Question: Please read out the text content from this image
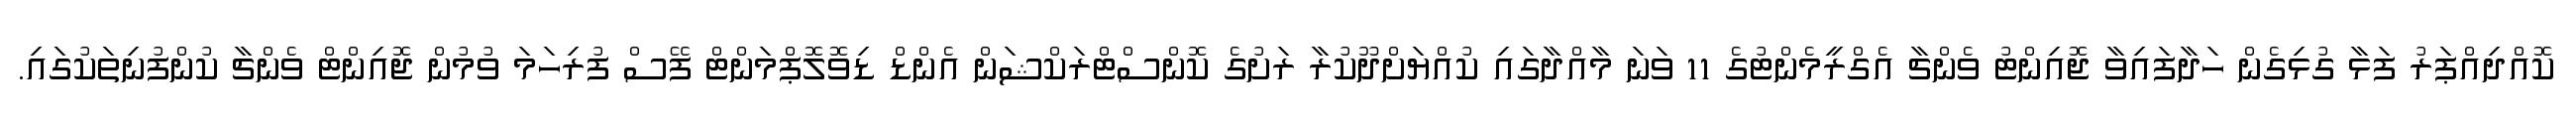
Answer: ކޮއްދިއްޕަރު ފަޅާ ގުޅިގެން ހަދާފައިވާ ޖޮއިންޓު ވެންޗާ އެގްރީމެންޓުގެ 11 ވަނަ މާއްދާގައި ކުއްޔަށްދޫކުރާ ރަށުގެ ކޮންސްޓްރަކްޝަން އެންޑް ޑިވޮލޮޕްމަންޓް ފޭސް ފުރިހަމަ ވުމުން ޖޮއިންޓް ވެންޗާ ކުންފުނިތަކުގައި.